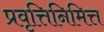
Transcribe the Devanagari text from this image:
प्रवृत्तिनिमित्त